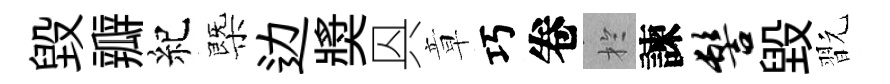
毁瓣紀㮣边奬㒷章巧卷扵諫髻毁翫